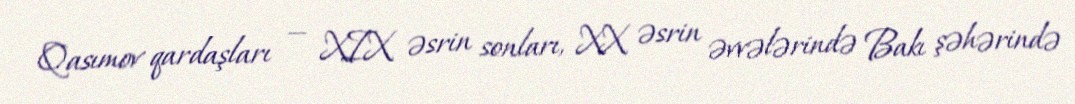
Qasımov qardaşları — XIX əsrin sonları, XX əsrin əvvələrində Bakı şəhərində